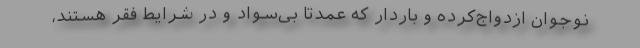
نوجوان ازدواج‌کرده و باردار که عمدتاً بی‌سواد و در شرایط فقر هستند،